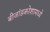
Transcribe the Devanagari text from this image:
बीजांडकोशामध्ये